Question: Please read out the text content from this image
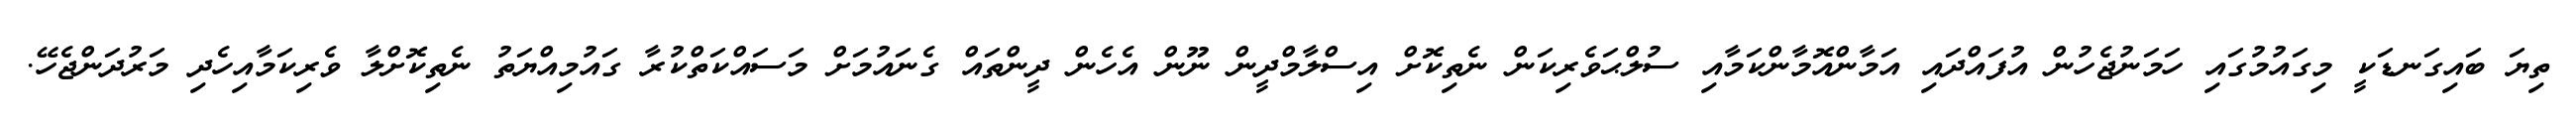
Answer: ތިޔަ ބައިގަނޑަކީ މިގައުމުގައި ހަމަނުޖެހުން އުފައްދައި އަމާންއޮމާންކަމާއި ސުލްޙަވެރިކަން ނެތިކޮށް އިސްލާމްދީން ނޫން އެހެން ދީންތައް ގެނައުމަށް މަސައްކަތްކުރާ ގައުމިއްޔަތު ނެތިކޮށްލާ ވެރިކަމާއިހެދި މަރުދަންޖެހޭ.